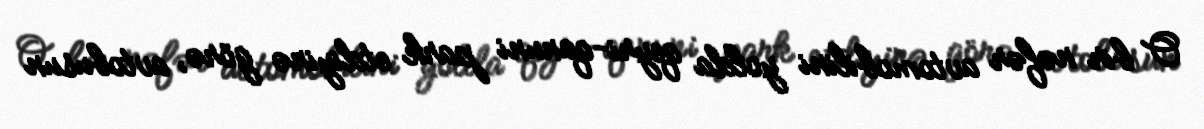
O bir nəfər avtomobilini yolda qeyri-qanuni park etdiyinə görə, avtobusun